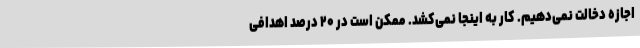
اجازه دخالت نمی‌دهیم. کار به اینجا نمی‌کشد. ممکن است در ۲۰ درصد اهدافی